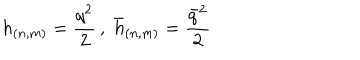
h _ { ( n , m ) } = \frac { q ^ { 2 } } { 2 } \, , \, \, \bar { h } _ { ( n , m ) } = \frac { \bar { q } ^ { 2 } } { 2 }